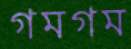
গমগম